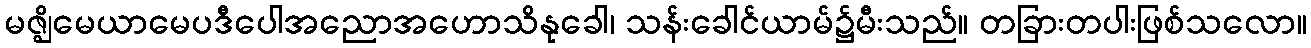
မဇ္ဈိမေယာမေပဒီပေါအညောအဟောသိနုခေါ၊ သန်းခေါင်ယာမ်၌မီးသည်။ တခြားတပါးဖြစ်သလော။